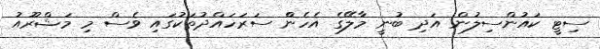
ސިޓީ ކައުންސިލުން އަދި ބުނީ މާލޭގެ އެހެންް ސަރަހައްދުތަކުގައި ވެސް މި މަޝްރޫއު